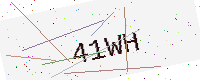
Text: 41WH